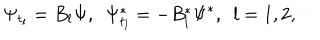
\Psi _ { t _ { l } } = B _ { l } \Psi , \ \ \Psi _ { t _ { l } } ^ { * } = - B _ { l } ^ { * } \Psi ^ { * } , \ \ l = 1 , 2 , \cdots